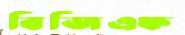
বিজিএফ